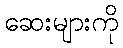
ဆေးများကို